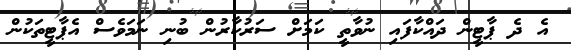
އެ ދެ ޕާޓީން ދައްކާފައި ނުވާތީ ކަމަށް ސަރުކާރުން ބުނި ނަމަވެސް އެޕާޓީތަކުން